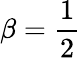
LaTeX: \beta=\frac{1}{2}